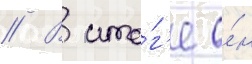
// В ито́г'е о́н